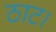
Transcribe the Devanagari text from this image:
ठाट।